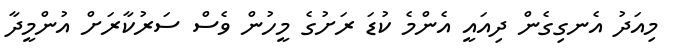
މިއަދު އެނގިގެން ދިއައީ އެންމެ ކުޑަ ރަށުގެ މީހުން ވެސް ސަރުކާރަށް އުންމީދާ